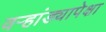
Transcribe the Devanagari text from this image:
वर्‍हांड्यापेक्षा